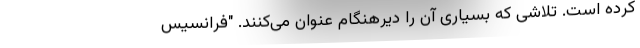
کرده است. تلاشی که بسیاری آن را دیرهنگام عنوان می‌کنند. "فرانسیس